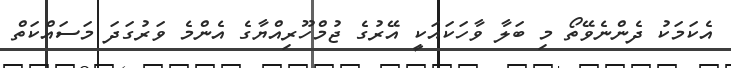
އެކަމަކު ދެންނެވޭތޯ މި ބަލާ ވާހަކައަކީ އޭރުގެ ޖުމްހޫރިއްޔާގެ އެންމެ ވަރުގަދަ މަސައްކަތް